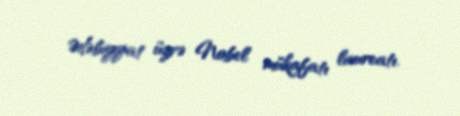
Ədəbiyyat üzrə Nobel mükafatı laureatı.